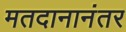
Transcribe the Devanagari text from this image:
मतदानानंतर